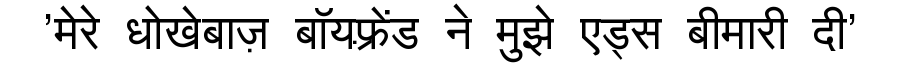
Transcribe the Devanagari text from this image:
'मेरे धोखेबाज़ बॉयफ़्रेंड ने मुझे एड्स बीमारी दी'